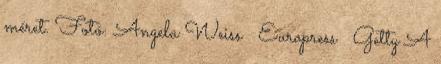
méret. Fotó: Angela Weiss Europress Getty A